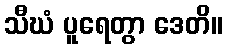
သီဃံ ပူရေတွာ ဒေတိ။